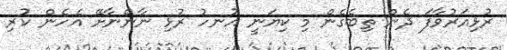
ރުޅިއަރުވާފަ ދެން ތިބެގެން މި ކިޔަނީ އުނހު ރުޅި ނާންނާށޭ އެހެން ކުރި